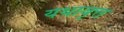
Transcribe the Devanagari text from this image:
यथावृत्त